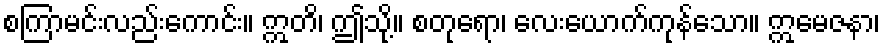
စကြာမင်းလည်းကောင်း။ ဣတိ၊ ဤသို့။ စတုရော၊ လေးယောက်ကုန်သော။ ဣမေဇနာ၊